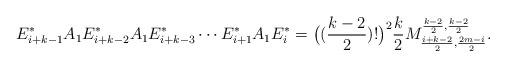
LaTeX: \begin{align*}E^*_{i+k-1}A_1E^*_{i+k-2}A_1E^*_{i+k-3}\cdots E^*_{i+1}A_1E^*_{i}=\big((\frac{k-2}{2})!\big)^2\frac{k}{2} M^{\frac{k-2}{2},\frac{k-2}{2}}_{\frac{i+k-2}{2},\frac{2m-i}{2}}.\end{align*}